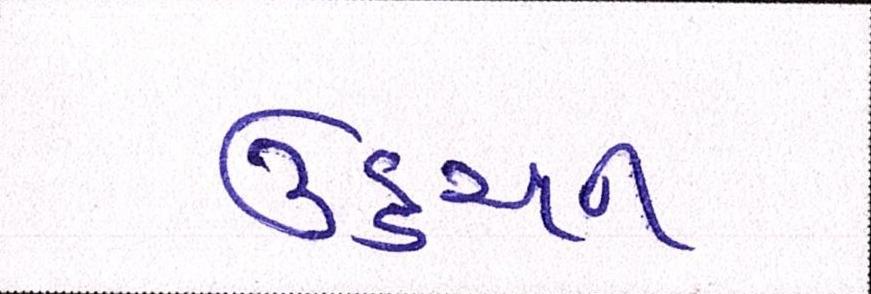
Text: ઉડ્ડયન